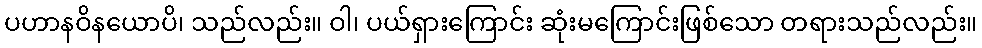
ပဟာနဝိနယောပိ၊ သည်လည်း။ ဝါ၊ ပယ်ရှားကြောင်း ဆုံးမကြောင်းဖြစ်သော တရားသည်လည်း။